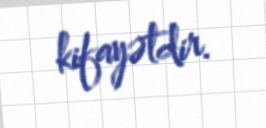
kifayətdir.